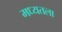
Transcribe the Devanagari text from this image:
मध्यतला